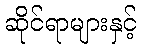
ဆိုင်ရာများနှင့်